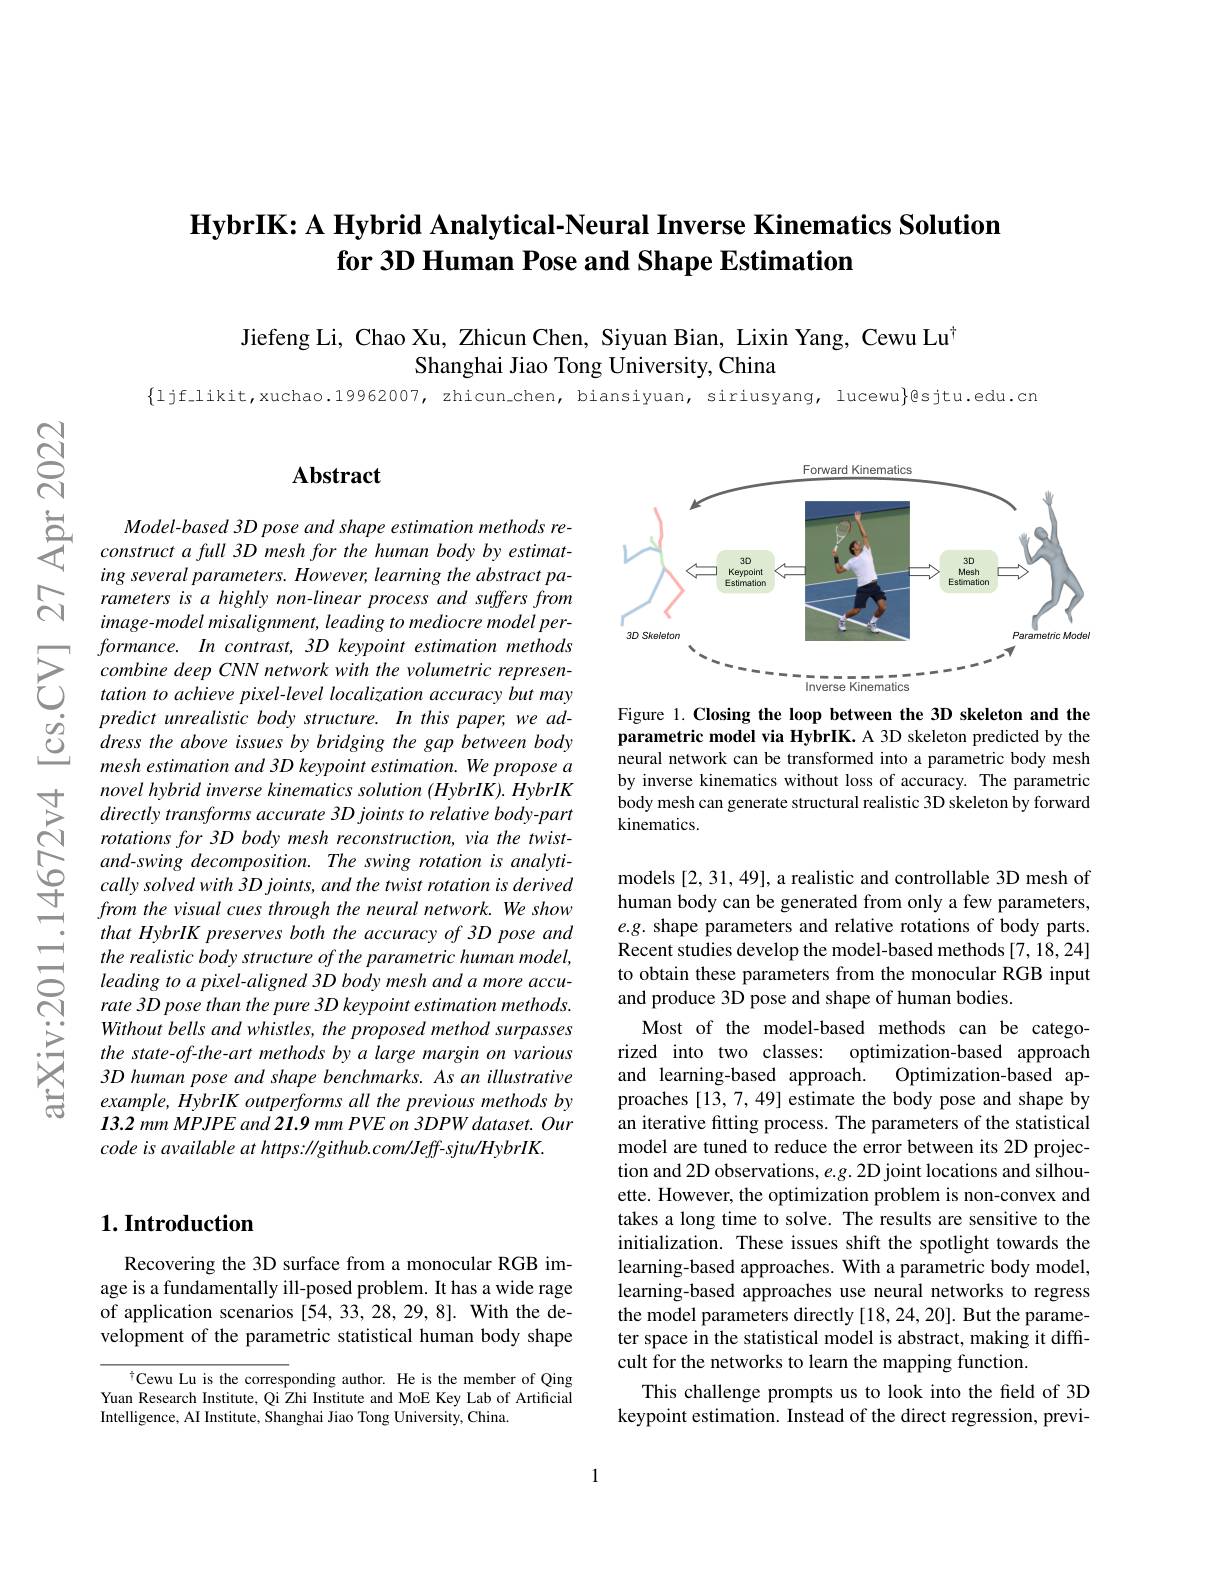
### $\textbf{HybrIK: A Hybrid Analytical- Neural Inverse Kinematics Solution}$ for 3D Human Pose and Shape Estimation

$ଟ୍ରି$

Jiefeng Li, Chao Xu, Zhicun Chen, Siyuan Bian, Lixin Yang, Cewu Lu$^{\dagger}$
Shanghai Jiao Tong University, China

$\{$ljf\_likit,xuchao.19962007, zhicun\_chen, biansiyuan, siriusyang, lucewu}@sjtu.edu.cn

## $\mathbf{Abstract}$

<FigureHere>

Figure 1. Closing the loop between the 3D skeleton and the parametric model via HybrIK. A 3D skeleton predicted by the neural network can be transformed into a parametric body mesh by inverse kinematics without loss of accuracy. The parametric body mesh can generate structural realistic 3D skeleton by forward kinematics.

Model- based 3D pose and shape estimation methods re- construct a full 3D mesh for the human body by estimat-
ing several parameters. However, learning the abstract parameters is a highly non-linear process and suffers from image-model misalignment, leading to mediocre model performance. In contrast, 3D keypoint estimation methods combine deep CNN network with the volumetric representation to achieve pixel-level localization accuracy but may predict unrealistic body structure. In this paper, we address the above issues by bridging the gap between body mesh estimation and 3D keypoint estimation. We propose a novel hybrid inverse kinematics solution (HybrIK). HybrIK directly transforms accurate 3D joints to relative body-part rotations for 3D body mesh reconstruction, via the twistand-swing decomposition. The swing rotation is analytically solved with 3D joints, and the twist rotation is derived from the visual cues through the neural network. We show that HybrIK preserves both the accuracy of 3D pose and the realistic body structure of the parametric human model, leading to a pixel-aligned 3D body mesh and a more accurate 3D pose than the pure 3D keypoint estimation methods. Without bells and whistles, the proposed method surpasses the state-of-the-art methods by a large margin on various 3D human pose and shape benchmarks. As an illustrative example, HybrIK outperforms all the previous methods by 13.2 mm MPJPE and 21.9 mm PVE on 3DPW dataset. Our code is available at https: //github.com/Jeff-sjtu/HybrIK.

models [2,31,49], a realistic and controllable 3D mesh of human body can be generated from only a few parameters, $e.g.$ shape parameters and relative rotations of body parts. Recent studies develop the model-based methods [7, 18, 24] to obtain these parameters from the monocular RGB input and produce 3D pose and shape of human bodies.
Most of the model-based methods can be categorized into two classes: optimization-based approach and learning-based approach. Optimization-based approaches [13,7,49] estimate the body pose and shape by an iterative fitting process. The parameters of the statistical model are tuned to reduce the error between its 2D projection and 2D observations, e.g. 2D joint locations and silhouette. However, the optimization problem is non-convex and takes a long time to solve. The results are sensitive to the initialization. These issues shift the spotlight towards the learning-based approaches. With a parametric body model, learning-based approaches use neural networks to regress the model parameters directly [18,24,20]. But the parameter space in the statistical model is abstract, making it difficult for the networks to learn the mapping function.
This challenge prompts us to look into the field of 3D keypoint estimation. Instead of the direct regression, previ-

## $1. \textbf{Introduction}$

Recovering the 3D surface from a monocular RGB image is a fundamentally ill-posed problem. It has a wide rage of application scenarios [54,33,28,29,8]. With the development of the parametric statistical human body shape

TCewu Lu is the corresponding author. He is the member of Qing Yuan Research Institute, Qi Zhi Institute and MoE Key Lab of Artificial Intelligence, AI Institute, Shanghai Jiao Tong University, China.

1